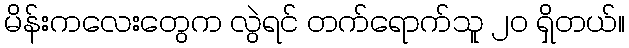
မိန်းကလေးတွေက လွဲရင် တက်ရောက်သူ ၂၀ ရှိတယ်။